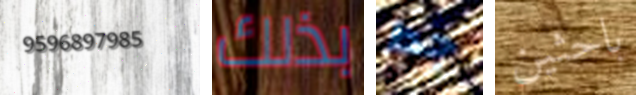
9596897985 بذلك جدا باحثين